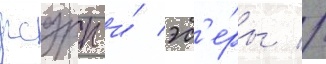
рсдрп и́ эс'е́ры //